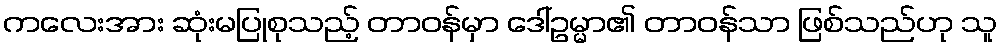
ကလေးအား ဆုံးမပြုစုသည့် တာဝန်မှာ ဒေါ်ဥမ္မာ၏ တာဝန်သာ ဖြစ်သည်ဟု သူ